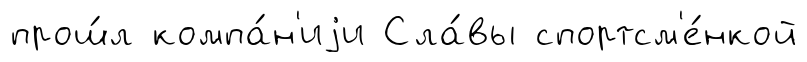
прош́л компа́н'иjи Сла́вы спортсм'е́нкой